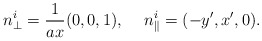
\begin{align*}n_\perp^i=\frac{1}{a x}(0,0,1),\hspace*{5mm}n_\parallel^i=(-y',x',0).\end{align*}